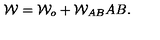
{ \cal W } = { \cal W } _ { o } + { \cal W } _ { A B } A B .